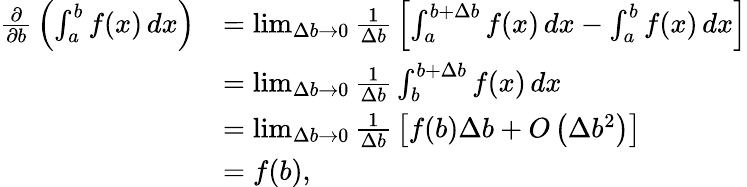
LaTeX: {\begin{array}{rl}{{\frac{\partial}{\partial b}}\left(\int_{a}^{b}f(x)\, dx\right)}&{=\operatorname*{lim}_{\Delta b\to 0}{\frac{1}{\Delta b}}\left[\int_{a}^{b+\Delta b}f(x)\, dx-\int_{a}^{b}f(x)\, dx\right]}\\ &{=\operatorname*{lim}_{\Delta b\to 0}{\frac{1}{\Delta b}}\int_{b}^{b+\Delta b}f(x)\, dx}\\ &{=\operatorname*{lim}_{\Delta b\to 0}{\frac{1}{\Delta b}}\left[f(b)\Delta b+O\left(\Delta b^{2}\right)\right]}\\ &{=f(b),}\end{array}}